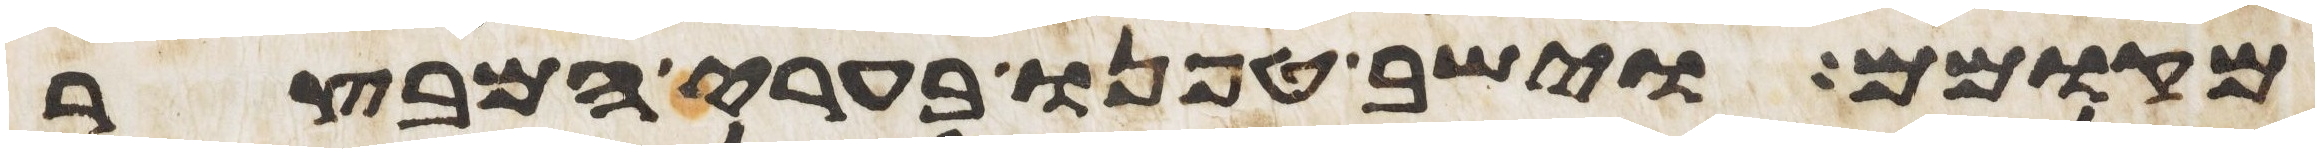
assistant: מקומם וישב טפנו בערי המבצר